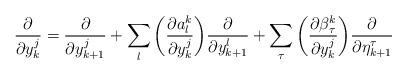
LaTeX: \begin{align*}\frac {\partial} {\partial y^j_k} = \frac {\partial} {\partial y^j_{k+1}} + \sum_l \bigg(\frac {\partial a^k_l} {\partial y^j_k} \bigg) \frac {\partial} {\partial y^l_{k+1}} + \sum_\tau \bigg(\frac {\partial \beta^k_\tau} {\partial y^j_k} \bigg) \frac {\partial} {\partial \eta^\tau_{k+1}}\end{align*}